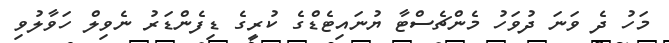
މަހު ދެ ވަނަ ދުވަހު މެންޗެސްޓާ ޔުނައިޓެޑްގެ ކުރީގެ ޑިފެންޑަރު ނެވިލް ހަވާލުވި